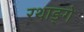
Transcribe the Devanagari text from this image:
रथाङ्गे